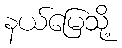
နယ်မြေသို့